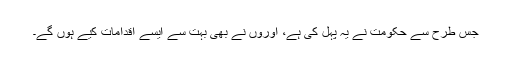
جس طرح سے حکومت نے یہ پہل کی ہے، اوروں نے بھی بہت سے ایسے اقدامات کیے ہوں گے۔